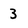
Character: 3